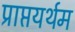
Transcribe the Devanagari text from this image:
प्राप्तयर्थम